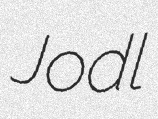
Jodl